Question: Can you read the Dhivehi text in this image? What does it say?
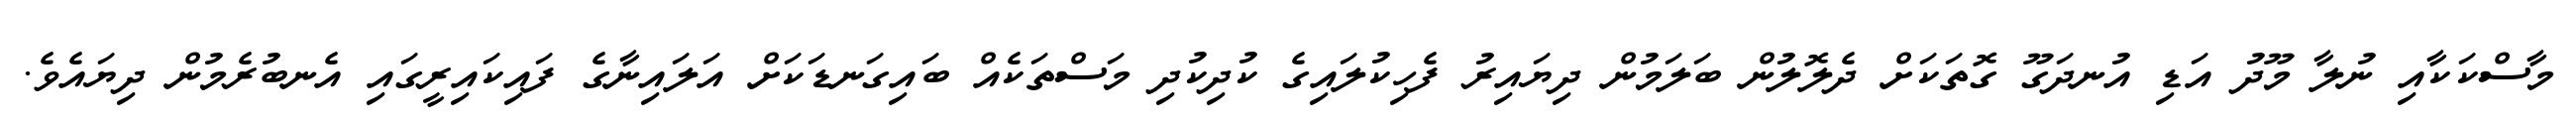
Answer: މާސްކަކާއި ނުލާ މޫދު އަޑި އުނދަގޫ ގޮތަކަށް ދެލޮލުން ބަލަމުން ދިޔައިރު ފެހިކުލައިގެ ކުދިކުދި މަސްތަކެއް ބައިގަނޑަކަށް އަލައިނާގެ ފައިކައިރީގައި އެނބުރެމުން ދިޔައެވެ.